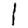
Digit: 1